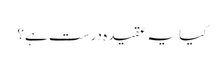
کیا یہ عقیدہ درست ہے؟